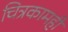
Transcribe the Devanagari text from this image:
चित्रकामही